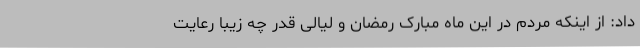
داد: از اینکه مردم در این ماه مبارک رمضان و لیالی قدر چه زیبا رعایت